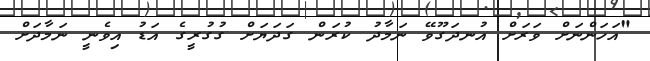
"އަހަންނަށް ވަރަށް އުނދަގޫވޭ ނަމާދު ކުރަން ގަދަޔަށް ގުގުރީގެ އަޑު އިވެނީ ނަމާދަށް